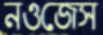
নওজেস